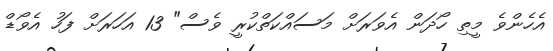
އެހެންވެ މީތި ހޯދަން އެވަރަށް މަސައްކަތްކުރީ ވެސް" 13 އަހަރަށް ފަހު އެވޯޑް